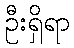
ဦးရှိရာ